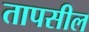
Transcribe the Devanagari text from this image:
तापसील